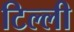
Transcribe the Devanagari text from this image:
टिल्ली